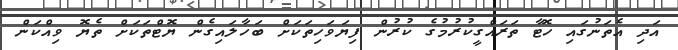
އަދި އެތަނުގައި ހޮޓާ ތަރައްގީކުރުމުގެ ކުރުން ފިޔަވަހިތަކަށް ބަހާލައިގެން ޔޮޓްތަކަށް ތެޔޮ ވިއްކަން